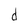
Character: d